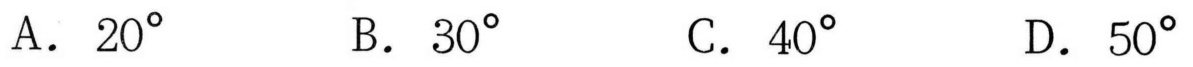
A． \(20^{\circ}\)
B． \(30^{\circ}\)
C． \(40^{\circ}\)
D． \(50^{\circ}\)